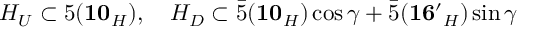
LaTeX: H _ { U } \subset 5 ( { \bf 1 0 } _ { H } ) , \quad H _ { D } \subset \bar { 5 } ( { \bf 1 0 } _ { H } ) \cos \gamma + \bar { 5 } ( { \bf 1 6 ^ { \prime } } _ { H } ) \sin \gamma